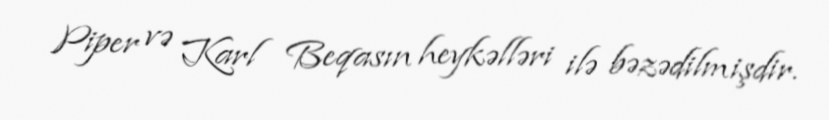
Piper və Karl Beqasın heykəlləri ilə bəzədilmişdir.